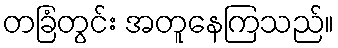
တခြံတွင်း အတူနေကြသည်။